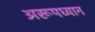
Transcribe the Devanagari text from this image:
अरूपध्यान